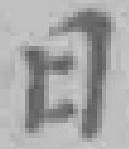
日